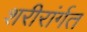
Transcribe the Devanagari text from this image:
शरीरांर्गत